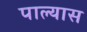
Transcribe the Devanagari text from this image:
पाल्यास